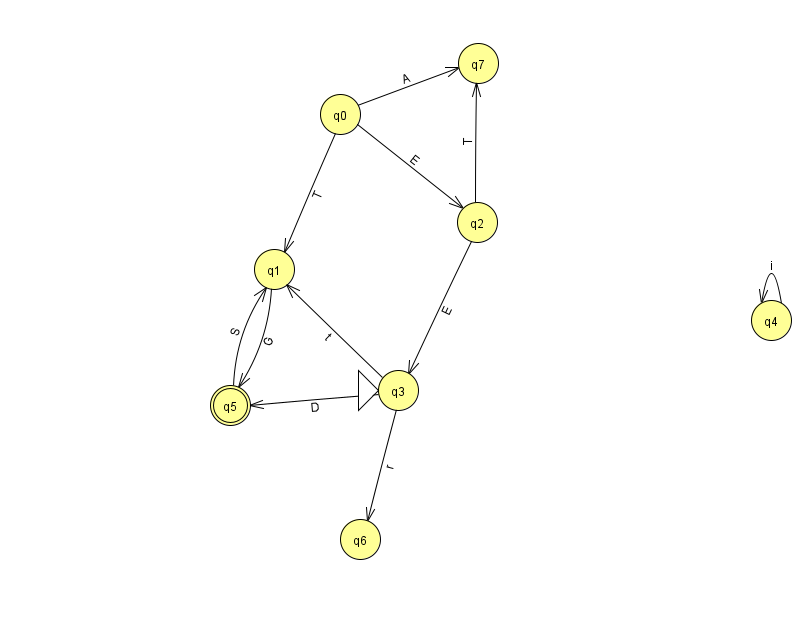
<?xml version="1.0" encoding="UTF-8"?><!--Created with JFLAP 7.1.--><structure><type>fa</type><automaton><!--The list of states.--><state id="0" name="q0"><x>340.0</x><y>101.0</y></state><state id="1" name="q1"><x>274.0</x><y>256.0</y></state><state id="2" name="q2"><x>477.0</x><y>209.0</y></state><state id="3" name="q3"><x>398.0</x><y>377.0</y><initial/></state><state id="4" name="q4"><x>771.0</x><y>307.0</y></state><state id="5" name="q5"><x>230.0</x><y>392.0</y><final/></state><state id="6" name="q6"><x>360.0</x><y>526.0</y></state><state id="7" name="q7"><x>478.0</x><y>50.0</y></state><!--The list of transitions.--><transition><from>0</from><to>1</to><read>T</read></transition><transition><from>0</from><to>2</to><read>E</read></transition><transition><from>3</from><to>5</to><read>D</read></transition><transition><from>0</from><to>7</to><read>A</read></transition><transition><from>2</from><to>3</to><read>E</read></transition><transition><from>4</from><to>4</to><read>i</read></transition><transition><from>3</from><to>6</to><read>r</read></transition><transition><from>5</from><to>1</to><read>S</read></transition><transition><from>2</from><to>7</to><read>T</read></transition><transition><from>3</from><to>1</to><read>t</read></transition><transition><from>1</from><to>5</to><read>G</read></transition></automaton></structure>